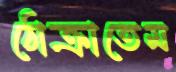
ঠোক্‌রাতেম